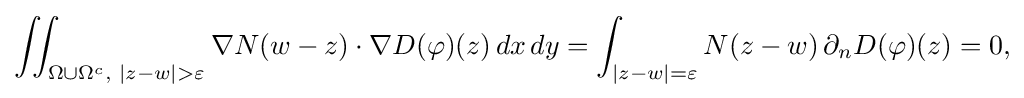
\displaystyle {\iint _{\Omega \cup \Omega ^{c},\,\,|z-w|>\varepsilon }\nabla N(w-z)\cdot \nabla D(\varphi )(z)\,dx\,dy=\int _{|z-w|=\varepsilon }N(z-w)\,\partial _{n}D(\varphi )(z)=0,}